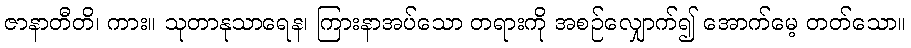
ဇာနာတီတိ၊ ကား။ သုတာနုသာရေန၊ ကြားနာအပ်သော တရားကို အစဉ်လျှောက်၍ အောက်မေ့ တတ်သော။